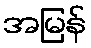
အမြန်